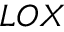
L O X